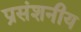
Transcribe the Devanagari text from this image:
प्रसंशनीय